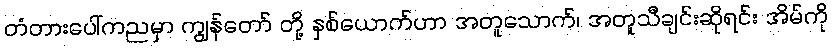
တံတားပေါ်ကညမှာ ကျွန်တော် တို့ နှစ်ယောက်ဟာ အတူသောက်၊ အတူသီချင်းဆိုရင်း အိမ်ကို